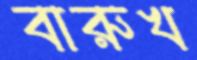
বারুখ